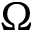
\Omega